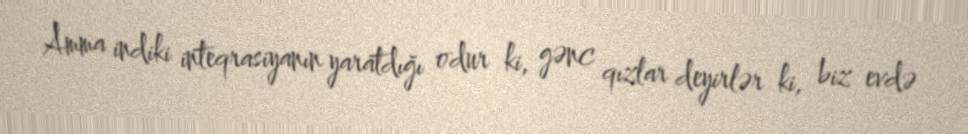
Amma indiki inteqrasiyanın yaratdığı odur ki, gənc qızlar deyirlər ki, biz evdə